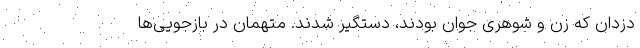
دزدان که زن و شوهری جوان بودند، دستگیر شدند. متهمان در بازجویی‌ها